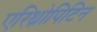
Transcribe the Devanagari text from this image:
एरिथ्रोपिटिन